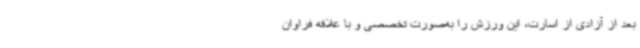
بعد از آزادی از اسارت، این ورزش را به‌صورت تخصصی و با علاقه فراوان